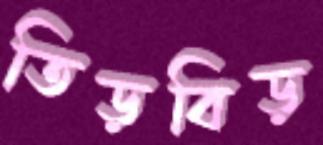
তিড়বিড়